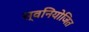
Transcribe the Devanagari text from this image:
स्वनियोजित